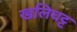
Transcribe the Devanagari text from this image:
खलिघट्ट